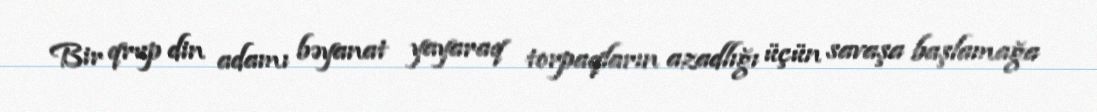
Bir qrup din adamı bəyanat yayaraq torpaqların azadlığı üçün savaşa başlamağa